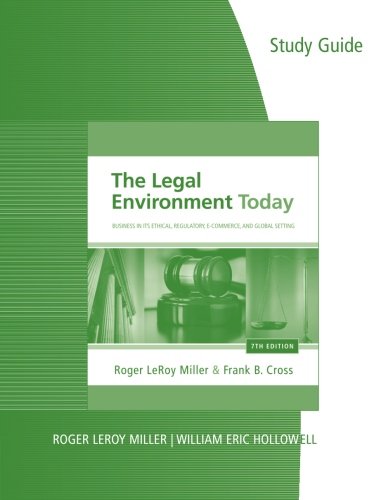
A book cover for Study Guide for Miller/Cross' The Legal Environment Today: Business In Its Ethical, Regulatory, E-Commerce, and Global Setting, 7th; Roger LeRoy Miller; Law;